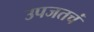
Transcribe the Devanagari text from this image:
उपजतचं